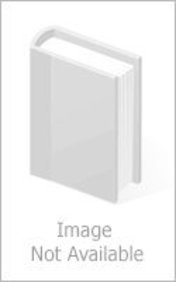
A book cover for Toxicokinetics and New Drug Development; Avraham Yacobi; Medical Books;